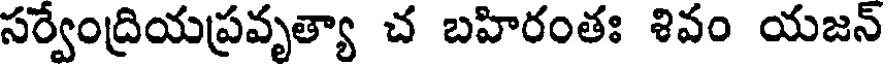
సర్వేంద్రియప్రవృత్యా చ బహిరంతః శివం యజన్